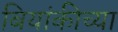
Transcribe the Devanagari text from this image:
बियांकीच्या